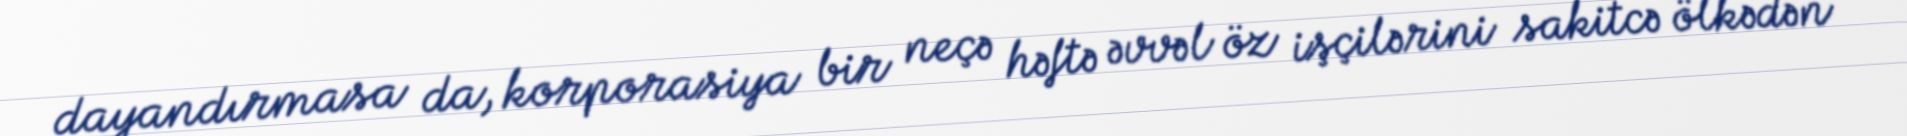
dayandırmasa da, korporasiya bir neçə həftə əvvəl öz işçilərini sakitcə ölkədən